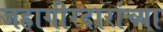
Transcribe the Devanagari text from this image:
जहागीरदारांच्या